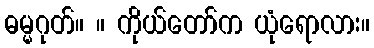
ဓမ္မဂုတ်။ ။ ကိုယ်တော်က ယုံရောလား။